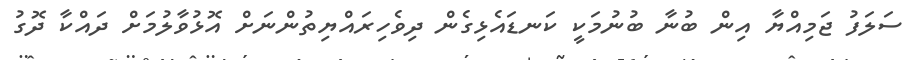
ސަލަފު ޖަމިއްޔާ އިން ބުނާ ބުނުމަކީ ކަނޑައެޅިގެން ދިވެހިރައްޔިތުންނަށް އޮޅުވާލުމަށް ދައްކާ ދޮގު